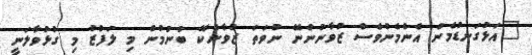
"އަޅުގަނޑުމެން އެންމެންވެސް ޒުވާނުންނޭ ނުވަތަ ޒުވާނެކޭ ބުނުމުން މި ލަފްޒު މި ގުޅުވާލަނީ